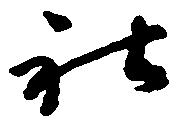
社